Annual report on the working of the mental hospitals in the Madras Presidency - 1912-1932
Year: 1912
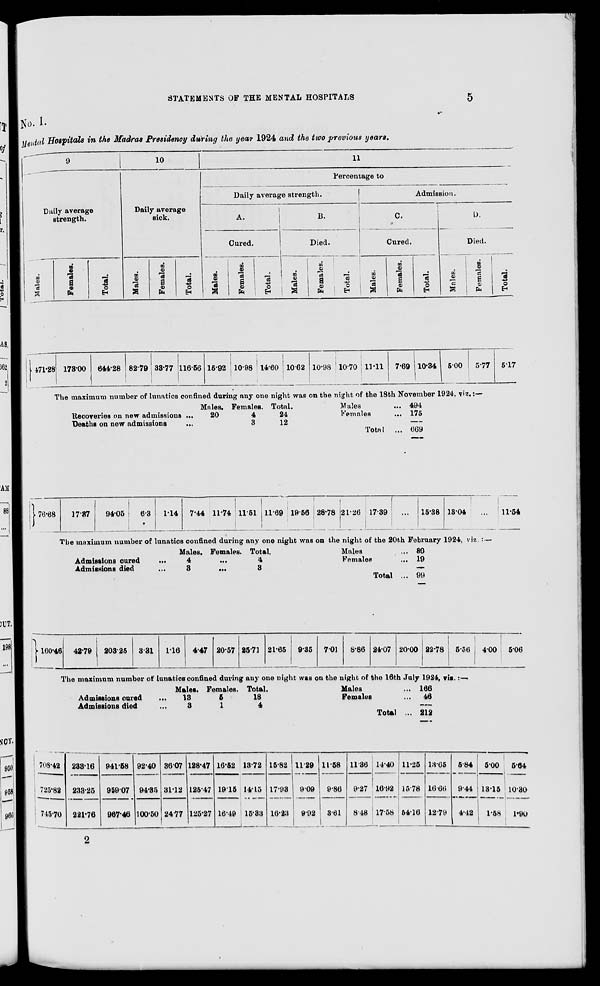
STATEMENTS OF THE MENTAL HOSPITALS
5
No. I.
Mental Hospitals in the Madras Presidency during the year 1924 and the two previous years.
9
Daily average
strength.
Males.
Females. Total.
10
Daily average
sick.
Males. Females. Total.
11
Percentage to
Daily average strength.
A.
Cured.
Males. Females. Total.
B.
Died.
Males.
Females. Total.
Admission.
C.
Cured.
Males.
Females. Total.
D.
Died.
Males.
Females. Total.
471.28 173.00 644.28 82.79 33.77 116.56 15.92 10.98 14.60 10.62 10.98 10.70 11.11 7.69 10.34 5.00 5.77 5.17
The maximum number of lunatics confined during any one night was on the night of the 18th November 1924, viz. :—
Recoveries on new admissions ...
Deaths on new admissions ...
Males.
20
Females.
4
3
Total.
24
12
Males
...
Females
...
Total ...
494
175
669
76.68
17.37
94.05
6.3
1.14
7.44 11.74 11.51 11.69 19.56 28.78 21.26 17.39
...
15.38 13.04
...
11.54
The maximum number of lunatics confined during any one night was on the night of the 20th February 1924, viz. : —
Admissions cured
...
Admissions died ...
Males.
4
3
Females.
...
...
Total.
4
3
Males
...
Females
...
Total ...
80
19
99
160.46 42.79
203.25 3.31
1.16
4.47 20.57 25.71 21.65 9.35 7.01
8.86 24.07 20.00 22.78
5.56
5.06
The maximum number of lunatics confined during any one night was on the night of the 16th July 1924. vis. :—
Admissions
cured
...
Admissions died ...
Males.
13
3
Females.
5
1
Total
18
4
Males
...
Females ...
Total ...
166
46
212
708.42
725.82
745.70
233.16
233.25
221.76
941.58
959.07
967.46
92.40
94.35
100.50
36.07
31.12
24.77
128.47
125.47
125.27
16.52
19.15
16.49
13.72
14.15
15.33
15.82
17.93
16.23
11.29
9.09
9.92
11.58
9.86
3.61
11.36
9.27
8.48
14.40
16.92
17.58
11.25
15.78
54.16
13.65
16.66
12.79
5.84
9.44
4.42
5.00
13.15
1.58
5.64
10.30
1.90
2